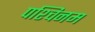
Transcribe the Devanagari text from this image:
पश्चिनम